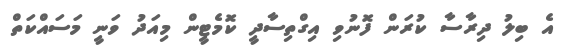
އެ ބިލު ދިރާސާ ކުރަން ފޮނުވި އިގްތިސާދީ ކޮމެޓީން މިއަދު ވަނީ މަސައްކަތް